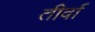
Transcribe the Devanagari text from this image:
तीर्वा